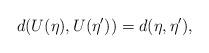
LaTeX: \begin{align*}d(U(\eta),U(\eta'))=d(\eta,\eta') ,\end{align*}